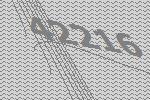
42216